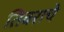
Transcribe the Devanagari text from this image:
तिवराचे